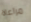
مراعاة